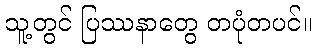
သူ့တွင် ပြဿနာတွေ တပုံတပင်။